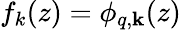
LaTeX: f_{k}(z)=\phi_{q,\mathbf{k}}(z)